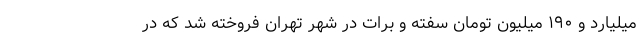
میلیارد و ۱۹۰ میلیون تومان سفته و برات در شهر تهران فروخته شد که در